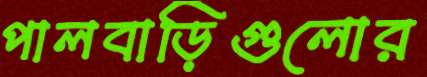
পালবাড়িগুলোর